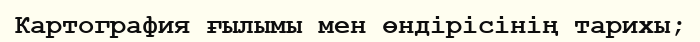
Картография ғылымы мен өндірісінің тарихы;